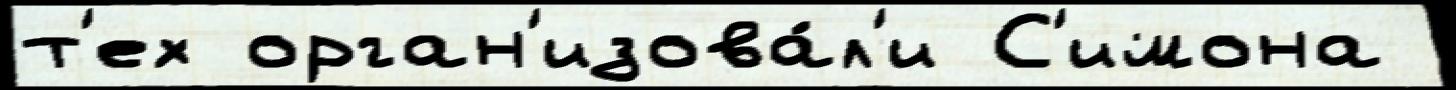
т'ех орган'изова́л'и С'имона